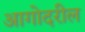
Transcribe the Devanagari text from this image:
आगोदरील